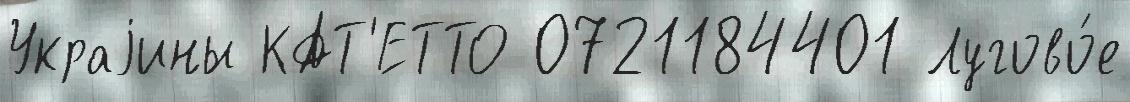
Украjины КАТ'ЕТТО 0721184401 Лугово́е